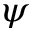
\psi